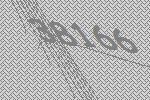
38166